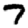
Digit: 7